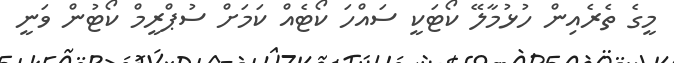
މީގެ ތެރެއިން ހުޅުމާލޭ ކޯޓަކީ ސައްހަ ކޯޓެއް ކަމަށް ސުޕްރީމް ކޯޓުން ވަނީ